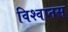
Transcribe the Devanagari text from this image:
विश्‍वानस